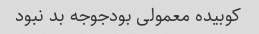
کوبیده معمولی بودجوجه بد نبود